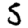
Digit: 5